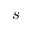
s